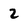
Character: 2